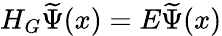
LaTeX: H_{G}\widetilde{\Psi}(x)=E\widetilde{\Psi}(x)